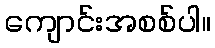
ကျောင်းအစစ်ပါ။